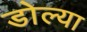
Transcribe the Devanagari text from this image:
डोल्या